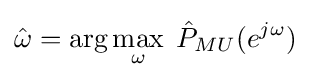
{\hat {\omega }}=\arg \max _{\omega }\;{\hat {P}}_{MU}(e^{j\omega })